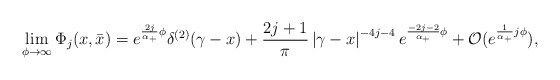
\begin{align*}\lim_{\phi \rightarrow \infty }\Phi _j(x,\bar x)=e^{\frac{2j}{\alpha_{+}}\phi }\delta ^{(2)}(\gamma -x)+\frac {2j+1}{\pi} \left| \gamma-x\right| ^{-4j-4}e^{\frac{-2j-2}{\alpha _{+}}\phi }+{\cal O}(e^{\frac1{\alpha _{+}}j\phi }), \end{align*}